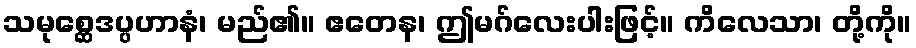
သမုစ္ဆေဒပ္ပဟာနံ၊ မည်၏။ ဧတေန၊ ဤမဂ်လေးပါးဖြင့်။ ကိလေသာ၊ တို့ကို။